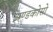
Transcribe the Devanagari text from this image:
अण्डकोसो